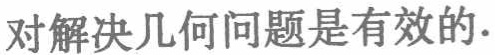
对解决几何问题是有效的.